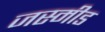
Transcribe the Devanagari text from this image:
जस्मीड